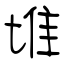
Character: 堆